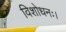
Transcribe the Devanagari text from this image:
विशोधनः।